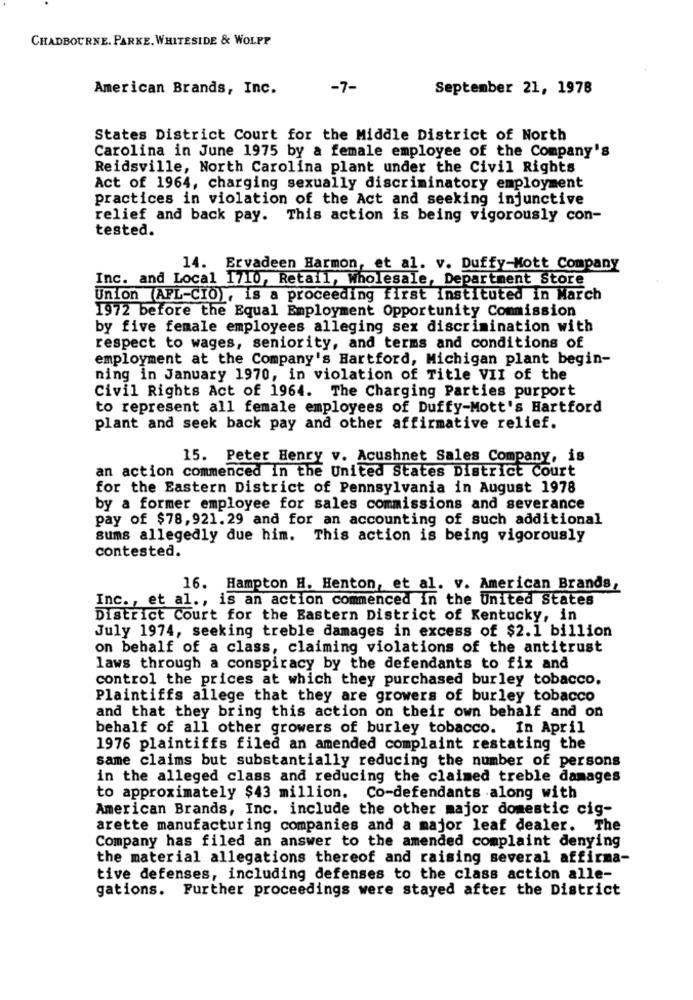
CHADBOURNE. PARKE. WHITESIDE & WOLPP
American Brands, Inc.
-7-
September 21, 1978
States District Court for the Middle District of North
Carolina in June 1975 by a female employee of the Company's
Reidsville, North Carolina plant under the Civil Rights
Act of 1964, charging sexually discriminatory employment
practices in violation of the Act and seeking injunctive
relief and back pay. This action is being vigorously con-
tested.
14. Ervadeen Harmon, et al. v. Duffy-Mott Company
Inc. and Local 1710, Retail, Wholesale, Department Store
Union (AFL-CIO), is a proceeding first instituted in March
1972 before the Equal Employment Opportunity Commission
by five female employees alleging sex discrimination with
respect to wages, seniority, and terms and conditions of
employment at the Company's Hartford, Michigan plant begin-
ning in January 1970, in violation of Title VII of the
Civil Rights Act of 1964. The Charging Parties purport
to represent all female employees of Duffy-Mott's Hartford
plant and seek back pay and other affirmative relief.
15. Peter Henry v. Acushnet Sales Company, is
an action commenced in the United States District Court
for the Eastern District of Pennsylvania in August 1978
by a former employee for sales commissions and severance
pay of $78, 921.29 and for an accounting of such additional
sums allegedly due him. This action is being vigorously
contested.
16. Hampton H. Henton, et al. v. American Brands,
Inc ., et al ., is an action commenced in the United States
District Court for the Eastern District of Kentucky, in
July 1974, seeking treble damages in excess of $2.1 billion
on behalf of a class, claiming violations of the antitrust
laws through a conspiracy by the defendants to fix and
control the prices at which they purchased burley tobacco.
Plaintiffs allege that they are growers of burley tobacco
and that they bring this action on their own behalf and on
behalf of all other growers of burley tobacco. In April
1976 plaintiffs filed an amended complaint restating the
same claims but substantially reducing the number of persons
in the alleged class and reducing the claimed treble damages
to approximately $43 million. Co-defendants along with
American Brands, Inc. include the other major domestic cig-
arette manufacturing companies and a major leaf dealer. The
Company has filed an answer to the amended complaint denying
the material allegations thereof and raising several affirma-
tive defenses, including defenses to the class action alle-
gations. Further proceedings were stayed after the District